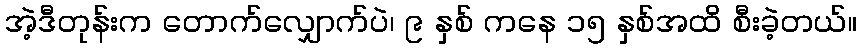
အဲ့ဒီတုန်းက တောက်လျှောက်ပဲ၊ ၉ နှစ် ကနေ ၁၅ နှစ်အထိ စီးခဲ့တယ်။